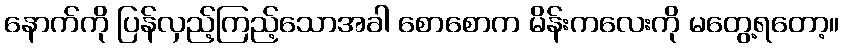
နောက်ကို ပြန်လှည့်ကြည့်သောအခါ စောစောက မိန်းကလေးကို မတွေ့ရတော့။